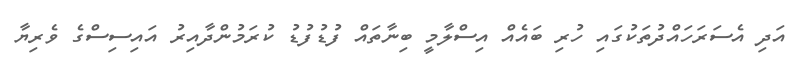
އަދި އެސަރަހައްދުތަކުގައި ހުރި ބައެއް އިސްލާމީ ބިނާތައް ފުޑުފުޑު ކުރަމުންދާއިރު އައިސިސްގެ ވެެރިޔާ